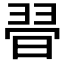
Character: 𣇶